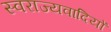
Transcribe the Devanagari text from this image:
स्वराज्यवादियों